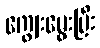
ကျွေးမွေးပြီး